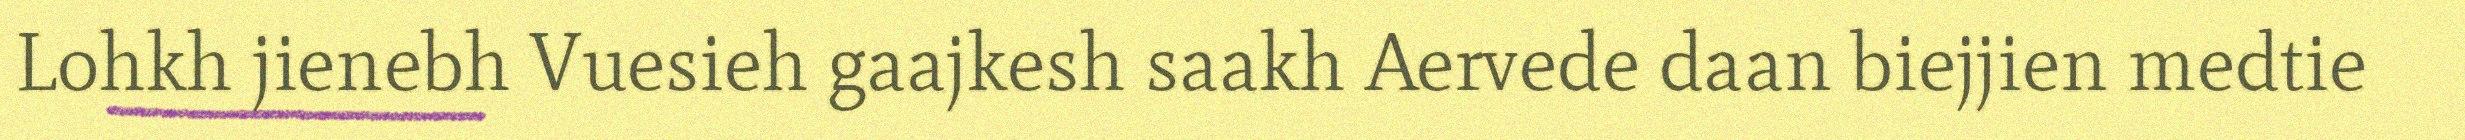
Lohkh jienebh Vuesieh gaajkesh saakh Aervede daan biejjien medtie